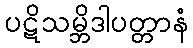
ပဋိသမ္ဘိဒါပတ္တာနံ